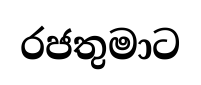
රජතුමාට